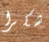
شكرا